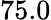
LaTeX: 75.0